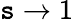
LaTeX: \mathtt{s}\rightarrow1